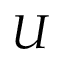
U